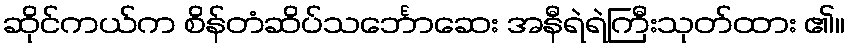
ဆိုင်ကယ်က စိန်တံဆိပ်သင်္ဘောဆေး အနီရဲရဲကြီးသုတ်ထား ၏။